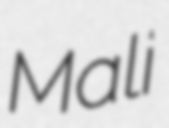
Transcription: Mali